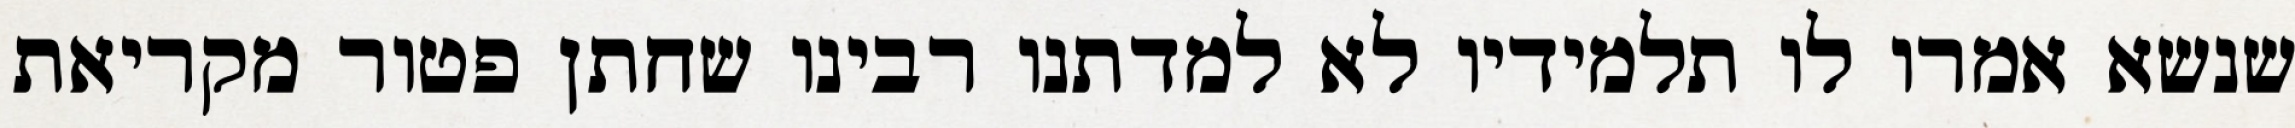
שנשא אמרו לו תלמידיו לא למדתנו רבינו שחתן פטור מקריאת